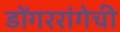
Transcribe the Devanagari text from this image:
डोंगररांगेची